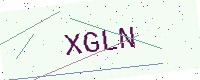
Text: XGLN